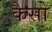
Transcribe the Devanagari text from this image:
कैसो